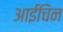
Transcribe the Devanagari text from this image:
आईचिन